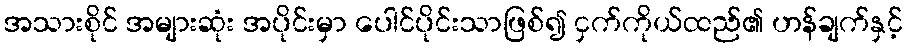
အသားစိုင် အများဆုံး အပိုင်းမှာ ပေါင်ပိုင်းသာဖြစ်၍ ငှက်ကိုယ်ထည်၏ ဟန်ချက်နှင့်